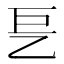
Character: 乬